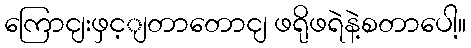
ကြောငျးဖှင့ျတာတောငျ ဖရိုဖရဲနဲ့စတာပေါ့။